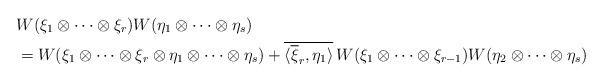
LaTeX: \begin{align*}& W(\xi_1 \otimes \cdots \otimes \xi_r) W(\eta_1 \otimes \cdots \otimes \eta_s) \\&= W(\xi_1 \otimes \cdots \otimes \xi_r \otimes \eta_1 \otimes \cdots \otimes \eta_s) + \overline{\langle \overline \xi_r, \eta_1\rangle} \, W(\xi_1 \otimes \cdots \otimes \xi_{r - 1}) W(\eta_2 \otimes \cdots \otimes \eta_s)\end{align*}